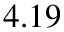
4 . 1 9